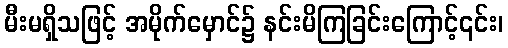
မီးမရှိသဖြင့် အမိုက်မှောင်၌ နင်းမိကြခြင်းကြောင့်၎င်း၊